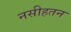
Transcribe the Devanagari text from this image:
नसीहतन